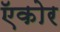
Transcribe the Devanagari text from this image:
ऍकोर